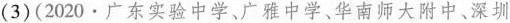
(3)(2020·广东实验中学、广雅中学、华南师大附中、深圳